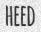
HEED